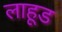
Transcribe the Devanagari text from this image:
लाहूड